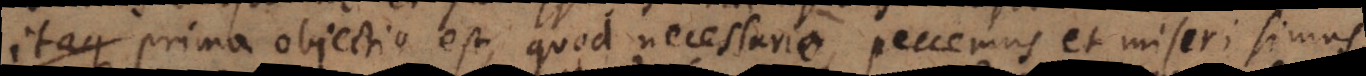
t. Prima objectio est quod necessario peccemus et miseri simus